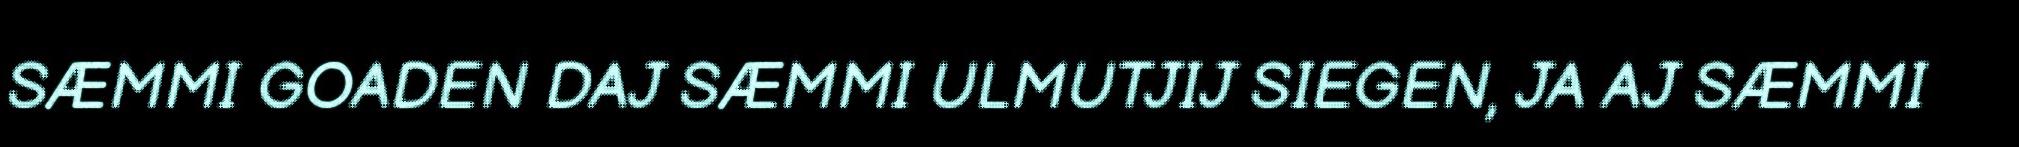
SÆMMI GOADEN DAJ SÆMMI ULMUTJIJ SIEGEN, JA AJ SÆMMI